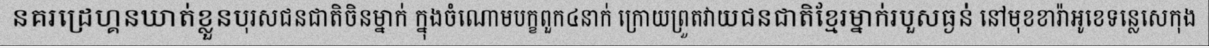
នគរដ្រេហ្គនឃាត់ខ្លួនបុរសជនជាតិចិនម្នាក់ ក្នុងចំណោមបក្ខពួក៤នាក់ ក្រោយព្រួតវាយជនជាតិខ្មែរម្នាក់របួសធ្ងន់ នៅមុខខារ៉ាអូខេទន្លេសេកុង